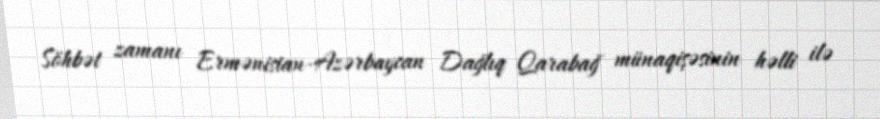
Söhbət zamanı Ermənistan-Azərbaycan Dağlıq Qarabağ münaqişəsinin həlli ilə